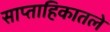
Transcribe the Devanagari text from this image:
साप्ताहिकातले